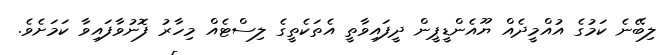
ލިބޭނެ ކަމުގެ އުއްމީދެއް ޔޫއެންޑީޕީން ދީފައިވާތީ އެތަކެތީގެ ލިސްޓެއް މިހާރު ފޮނުވާފައިވާ ކަމަށެވެ.